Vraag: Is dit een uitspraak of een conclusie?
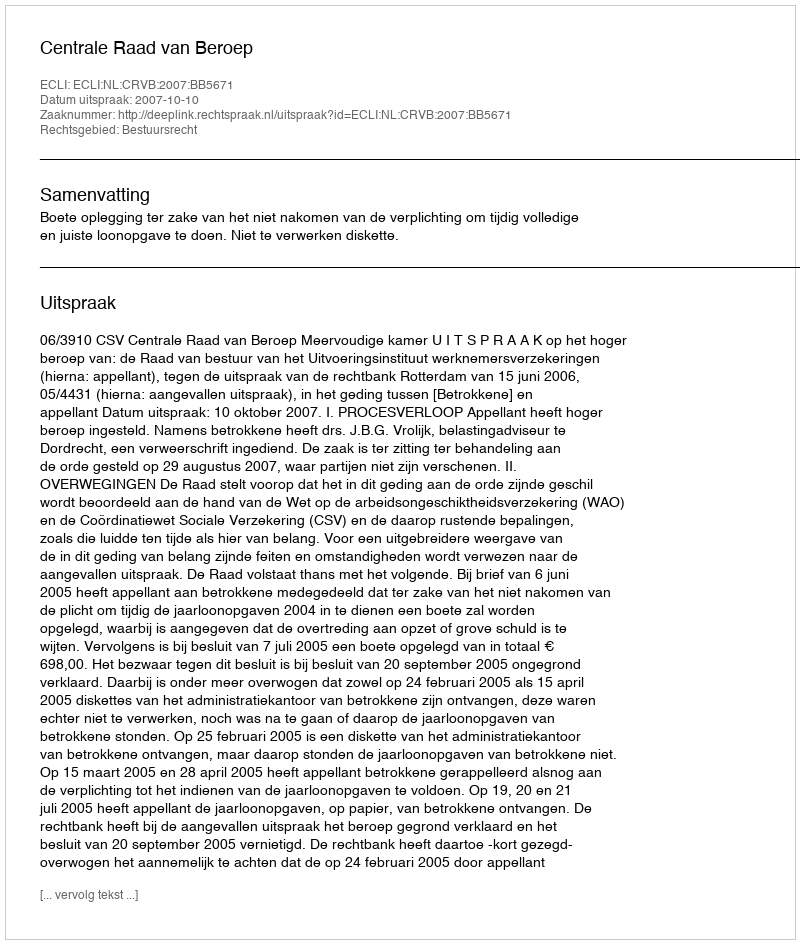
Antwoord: Uitspraak